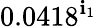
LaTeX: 0.0418^{\mathbf{i}_{1}}